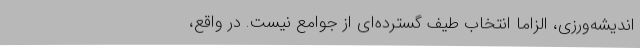
اندیشه‌ورزی، الزاماً انتخاب طیف گسترده‌ای از جوامع نیست. در واقع،